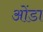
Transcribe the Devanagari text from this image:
ओंडा